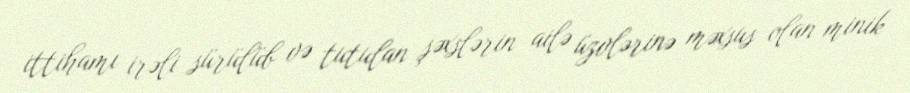
ittihamı irəli sürülüb və tutulan şəxslərin ailə üzvlərinə məxsus olan minik